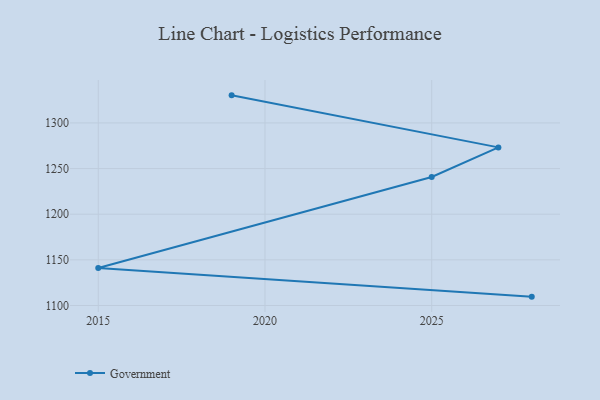
{"axis": {"x": "Year", "y": "Tickets Resolved"}, "legend": ["Government"], "data": [{"x": "2028", "y": 1109.7, "type": "Government"}, {"x": "2015", "y": 1141.1, "type": "Government"}, {"x": "2025", "y": 1240.8, "type": "Government"}, {"x": "2027", "y": 1273.2, "type": "Government"}, {"x": "2019", "y": 1330.2, "type": "Government"}]}